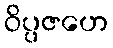
ဝိပ္ပဇဟေ